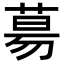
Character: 𦳝